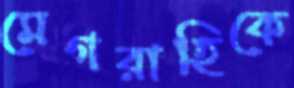
মেগরাহিকে